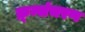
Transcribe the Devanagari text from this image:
क्र्म्संचरण